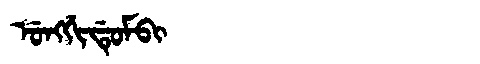
Manchu: ᡠᠩᡤᡳᡩᡠᠮᠪᡳ
Romanization: UNGGIDUMBI